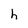
Character: h